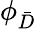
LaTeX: \phi_{\bar{D}}